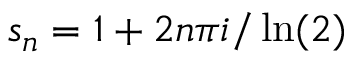
s _ { n } = 1 + 2 n \pi i / \ln ( 2 )